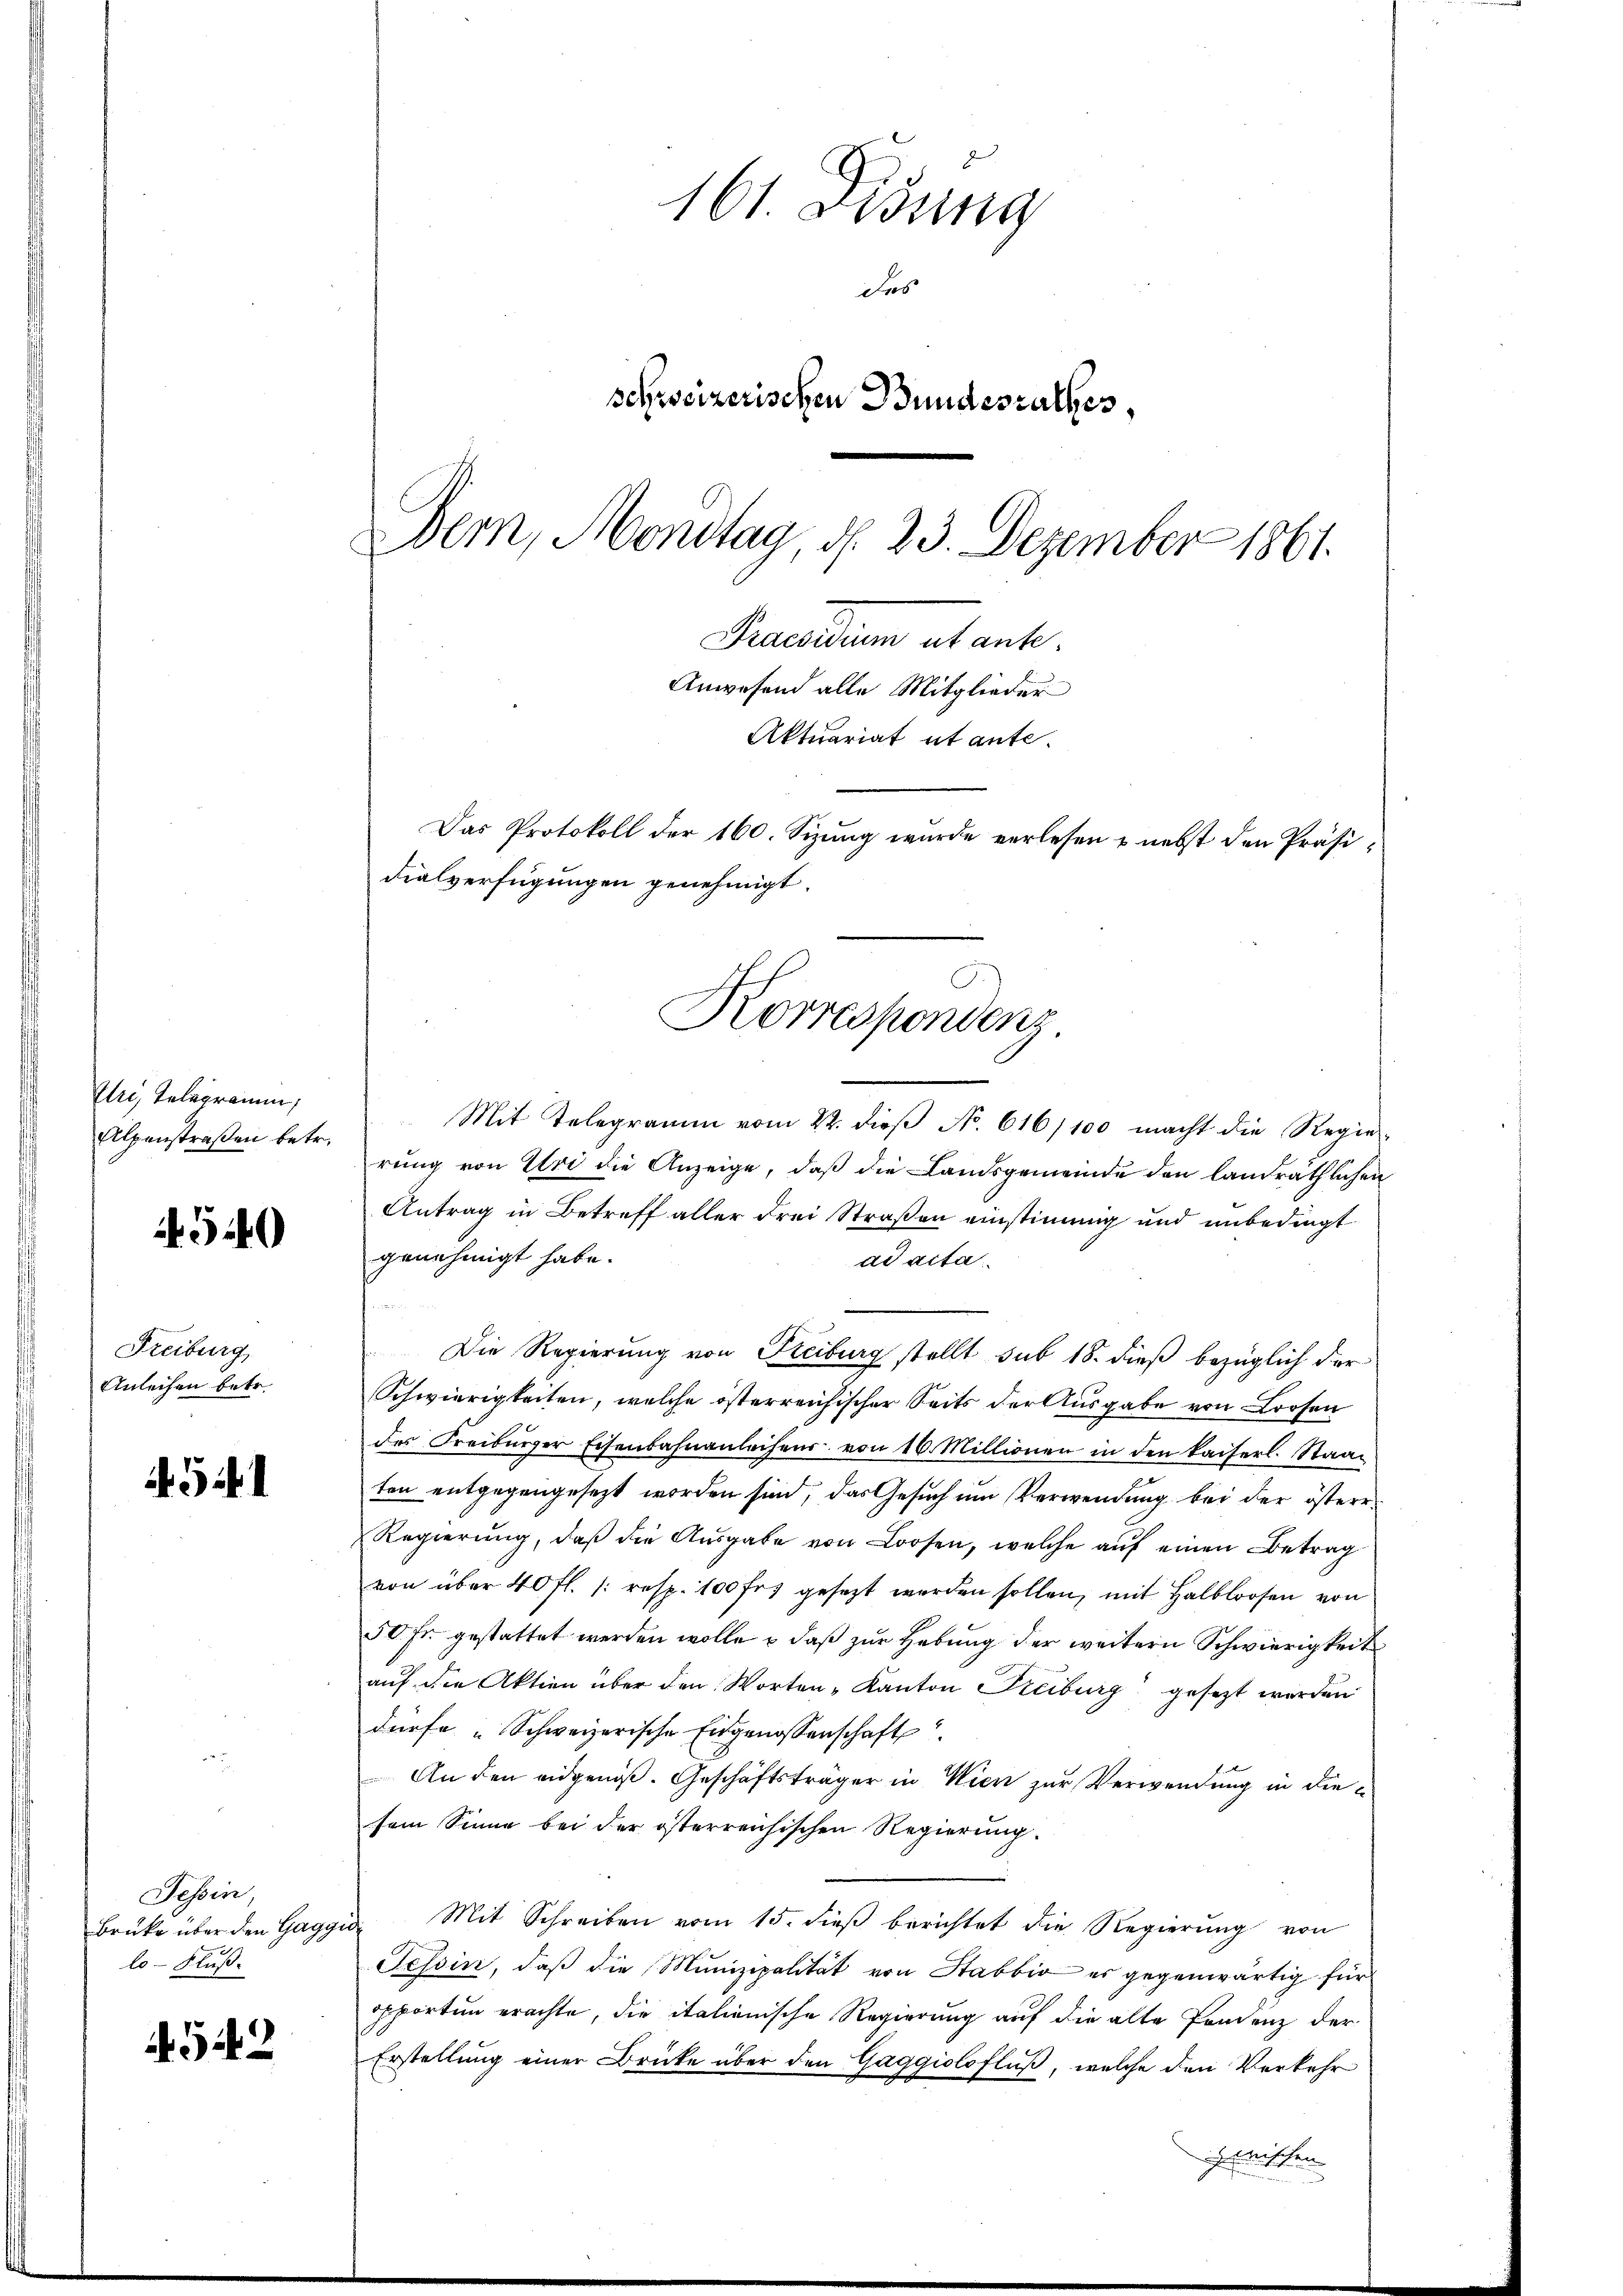
Elri, Telegramm,
Alpenstraßen betr.

540

Freiburg,
Anleihen betr.

45

Tessin,
Brüke über den Gaggi
lo- Fluß.

4542

161. Didung
das
schweizerischen Bundesrathes,
Dem, Mondtag, d. 23. Dezember 1861.
Praesiduum et ant.
Anwesend alle Mitglieder
Aktuariat ut ante.
Das Protokoll der 160. Sizung wurde verlesen & nebst den Präsidialverfügungen genehmigt.

Korrespondenz

Mit Telegramm vom 22. dieβ No. 616/100 macht die Regie-
rung von Uri die Anzeige, daß die Landsgemeinde den landräthlichen
Antrag in Betreff aller Frei Straßen einstimmig und unbedingt
genehmigt habe.
ad acta.
Die Regierung von Freiburg stellt sub 18. dieß bezüglich der
Schwierigkeiten, welche österreichischer Seits der Ausgabe von Loosen
des Freiburger Eisenbahnanleihens von 16. Millionen in den kaiserl. Staaten entgegengesezt worden sind, das Gesuch um Verwendung bei der österr¬
Regierung, daß die Aŭsgabe von Loosen, welche auf einen Betrag
von über 40 fl. /: resp. 100 fr. gesezt werden sollen, mit Halblosen von
50 Fr. gestattet werden wolle, – daß zur Hebung der weitern Schwierigkeit
auf die Aktien über den Worten „Kanton Freiburg gesezt werden
dürfe "Schweizerische Eingenossenschaft
 An den eidgenoß. Geschäftsträger in Wien zur Verwendung in diesein Sinne bei der österreichischen Regierŭng.
Mit Schreiben vom 15. dieβ berichtet die Regierŭng von
Tessin, daß die Munizipalität von Stabbio es gegenwärtig für
porten erachte, die italienische Regierung auf die alte Pendenz der
Erstellung einer Brücke über den Gaggiolofluß, welche den Verkehr
zwischen
3